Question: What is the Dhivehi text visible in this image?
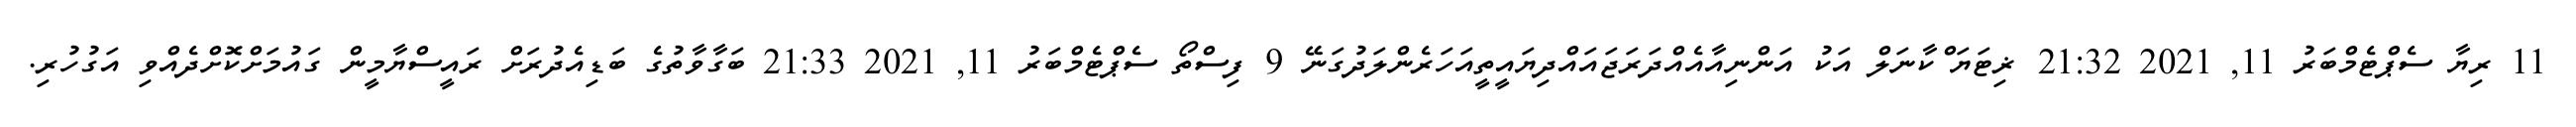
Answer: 11 ރިޔާ ސެޕްޓެމްބަރު 11, 2021 21:32 ޜިޓަޔަޱްކާނަލް އަކު އަންނިއާއެއްދަރަޖައައްދިޔައީތީއަހަރެންލަދުގަނޭ 9 ފިސްތޯ ސެޕްޓެމްބަރު 11, 2021 21:33 ބަގާވާތުގެ ބަޑިއެދުރަށް ރައީސްޔާމީން ގައުމަށްކޮށްދެއްވި އަގުހުރި.